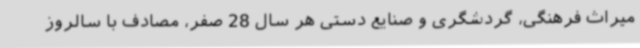
میراث فرهنگی، گردشگری و صنایع دستی هر سال 28 صفر، مصادف با سالروز